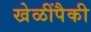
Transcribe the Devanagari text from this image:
खेळींपैकी